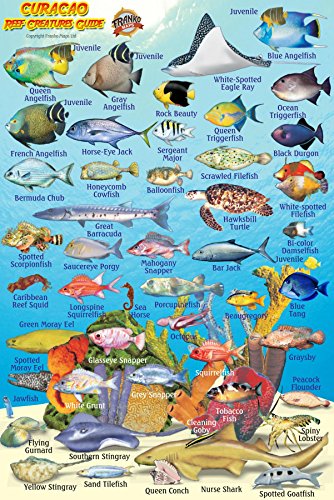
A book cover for Curacao Reef Creatures Guide Franko Maps Laminated Fish Card 4" x 6"; Franko Maps Ltd.; Travel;